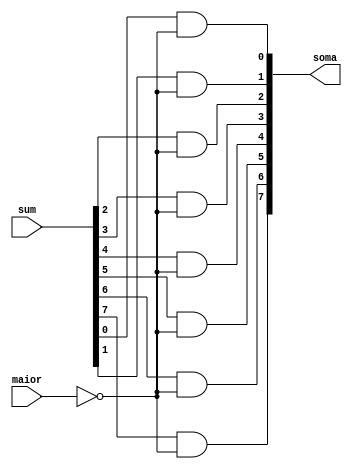
module mux_sum(

	input maior,
	input [7:0]sum,
	output [7:0]soma
);

assign soma[0] = sum[0] & ~maior;
assign soma[1] = sum[1] & ~maior;
assign soma[2] = sum[2] & ~maior;
assign soma[3] = sum[3] & ~maior;
assign soma[4] = sum[4] & ~maior;
assign soma[5] = sum[5] & ~maior;
assign soma[6] = sum[6] & ~maior;
assign soma[7] = sum[7] & ~maior;






endmodule